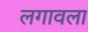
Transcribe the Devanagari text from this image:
लगावला